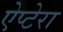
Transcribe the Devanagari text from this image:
ऐप्टेरा